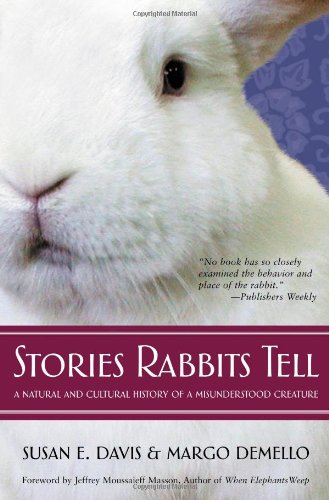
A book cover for Stories Rabbits Tell; Susan E. Davis; Crafts, Hobbies & Home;